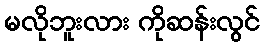
မလိုဘူးလား ကိုဆန်းလွင်